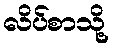
လိပ်စာသို့